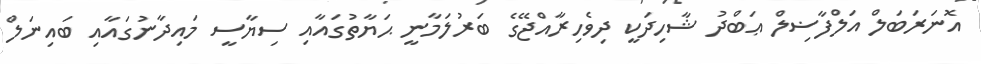
އޮނަރަބަލް އަލްފާޟިލް ޢަބްދު ޝާހިދަކީ ދިވެހިރާއްޖޭގެ ބަރުލަމާނީ ޙަޔާތުގައާއި ސިޔާސީ މައިދާނުގައާއި ބައިނަލް